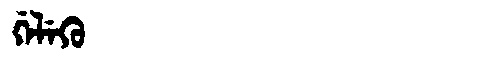
Manchu: ᡤᡝᠯᡝᡴᡠ
Romanization: GELEKU